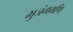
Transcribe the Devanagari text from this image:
भुजंगमणि